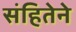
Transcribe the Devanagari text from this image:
संहितेने